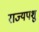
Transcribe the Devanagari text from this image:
राज्यपशु